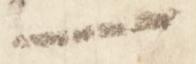
一